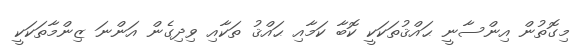
މިގޮތުން އިންސާނީ ޙައްޤުތަކަކީ ކޮބާ ކަމާއި ޙައްޤު ތަކާއި ވިދިގެން އަންނަ ޒިންމާތަކަކީ